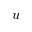
u